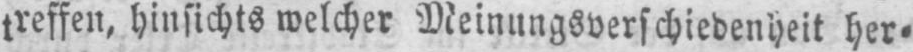
treffen, hinsichts welcher Meinungsverschiedenheit her⸗